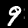
Digit: 9